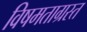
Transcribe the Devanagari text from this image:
विषमताग्रस्त